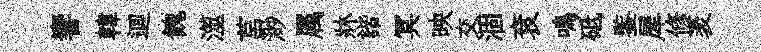
響韓逥餽澨莒渺属牀諧冥映交涸袞鳴砥鍳犀修袤